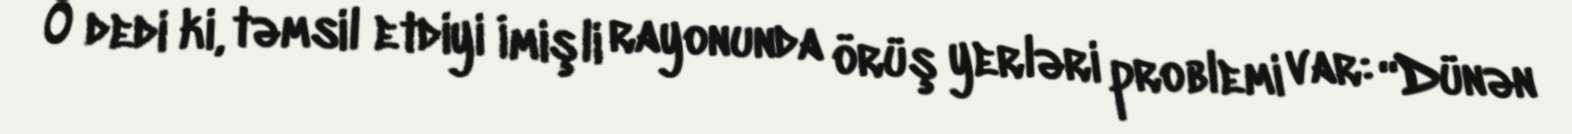
O dedi ki, təmsil etdiyi İmişli rayonunda örüş yerləri problemi var: “Dünən